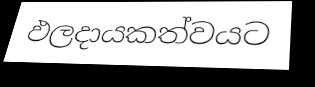
ඵලදායකත්වයට